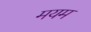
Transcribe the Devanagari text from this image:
मयम